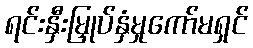
ရင်းနှီးမြှုပ်နှံမှုကော်မရှင်